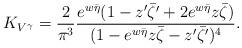
LaTeX: \begin{align*}K_{V^{\gamma}}=\frac{2}{\pi^{3}}\frac{e^{w\bar{\eta}}(1-z^{\prime}\bar{\zeta^{\prime}}+2e^{w\bar{\eta}} z\bar{\zeta})}{(1-e^{w\bar \eta}z\bar{\zeta}-z^{\prime}\bar{\zeta^{\prime}})^{4}}.\end{align*}